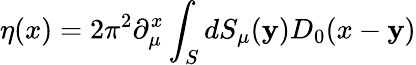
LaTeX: \eta(x)=2\pi^{2}\partial_{\mu}^{x}\int_{S}^{}dS_{\mu}(\mathbf{y})D_{0}(x-\mathbf{y})